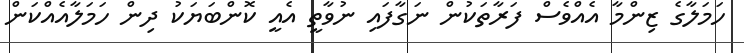
ހަމަލާގެ ޒިންމާ އެއްވެސް ފަރާތަކުން ނަގާފައި ނުވާތީ އެއީ ކޮންބަޔަކު ދިން ހަމަލާއެއްކަން